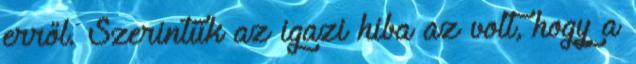
erről. Szerintük az igazi hiba az volt, hogy a